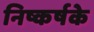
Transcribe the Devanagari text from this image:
निष्कर्षके